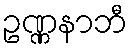
ဥဏ္ဏနာဘီ